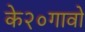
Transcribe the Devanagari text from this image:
के२०गावो